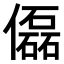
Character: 𠐞